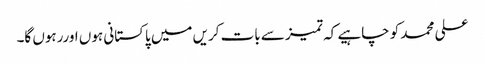
علی محمد کو چاہیے کہ تمیز سے بات کریں میں پاکستانی ہوں اوررہوں گا۔